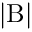
\mathrm { | B | }